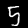
Label: 5